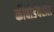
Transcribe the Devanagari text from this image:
कीबोर्डवरील